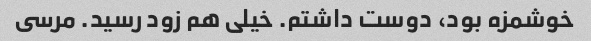
خوشمزه بود، دوست داشتم. خیلى هم زود رسید. مرسى